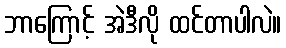
ဘာကြောင့် အဲဒီလို ထင်တာပါလဲ။